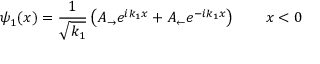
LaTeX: \psi _ { 1 } ( x ) = { \frac { 1 } { \sqrt { k _ { 1 } } } } \left( A _ { \rightarrow } e ^ { i k _ { 1 } x } + A _ { \leftarrow } e ^ { - i k _ { 1 } x } \right) \qquad x < 0